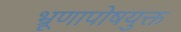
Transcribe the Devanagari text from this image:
भ्रूणापोषयुक्त